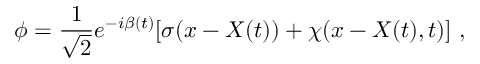
\phi = \frac 1 { \sqrt { 2 } } e ^ { - i \beta ( t ) } [ \sigma ( x - X ( t ) ) + \chi ( x - X ( t ) , t ) ] \ ,